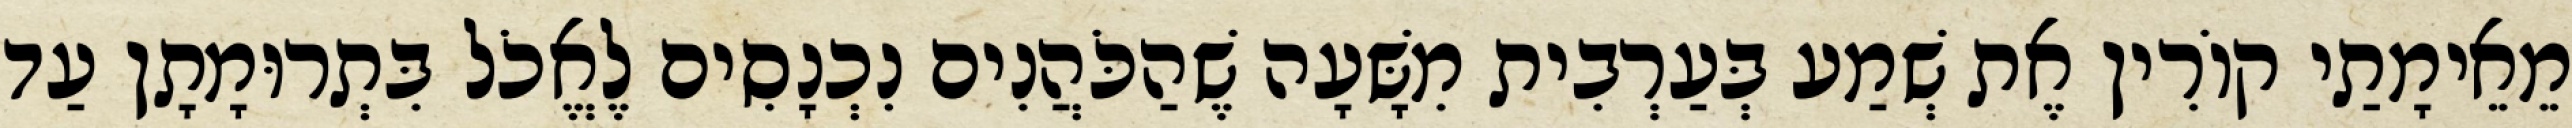
מֵאֵימָתַי קוֹרִין אֶת שְׁמַע בְּעַרְבִית מִשָּׁעָה שֶׁהַכֹּהֲנִים נִכְנָסִים לֶאֱכֹל בִּתְרוּמָתָן עַד